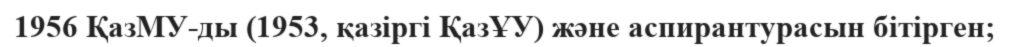
1956 ҚазМУ-ды (1953, қазіргі ҚазҰУ) және аспирантурасын бітірген;